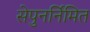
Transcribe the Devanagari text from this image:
सेपुनर्निमित